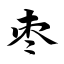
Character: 枣